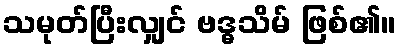
သမုတ်ပြီးလျှင် ဗဒ္ဓသိမ် ဖြစ်၏။